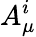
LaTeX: A_{\mu}^{i}